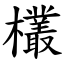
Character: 欉